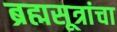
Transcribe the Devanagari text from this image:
ब्रह्मसूत्रांचा